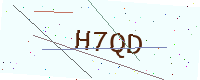
Text: H7QD